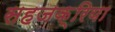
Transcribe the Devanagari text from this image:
सहजक्रिया